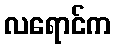
လရောင်က